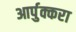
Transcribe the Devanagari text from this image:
आर्पुक्करा